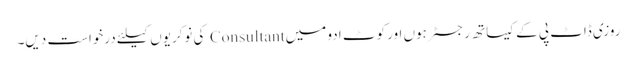
روزی ڈاٹ پی کے کیساتھ رجسٹر ہوں اور کوٹ ادو میں Consultant کی نوکریوں کیلئے درخواست دیں۔